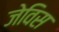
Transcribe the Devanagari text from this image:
जेविस